Investigations into the jail dietaries of the United Provinces with some observations on the influence of dietary on the physical development and well-being of the people of the United Provinces - Number 48
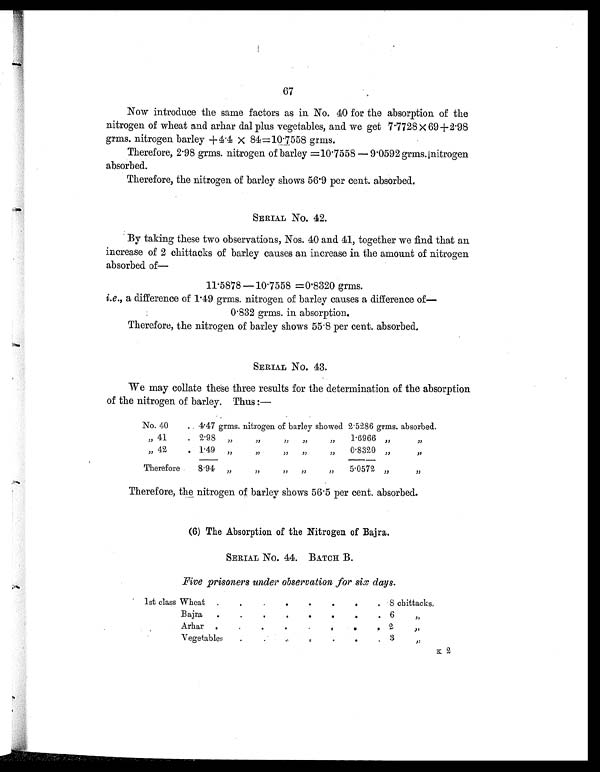
67
Now introduce the same factors as in No. 40 for the absorption of the
nitrogen of wheat and arhar dal plus vegetables, and we get 7.7728 × 69+2.98
grms. nitrogen barley +4 .4 × 84=10.7558 grms.
Therefore, 2 . 98 grms. nitrogen of barley =10 . 7558 — 9.0592 grms. nitrogen
absorbed.
Therefore, the nitrogen of barley shows 56 . 9 per cent. absorbed.
SERIAL No. 42.
By taking these two observations, Nos. 40 and 41, together we find that an
increase of 2 chittacks of barley causes an increase in the amount of nitrogen
absorbed of—
11.5878 —10 . 7558 =0 .8320 grms.
i.e., a difference of 1.49 grms. nitrogen of barley causes a difference of
—0.832 grms. in absorption.
Therefore, the nitrogen of barley shows 55 . 8 per cent. absorbed.
SERIAL NO. 43.
We may collate these three results for the determination of the absorption
of the nitrogen of barley. Thus :—
No. 40
. 4.47 grms. nitrogen of barley showed 2.5286 grms. absorbed.
„ 41
. 2.98 „
„
„
„
„
1.6966 „
„
„ 42
. 1.49
„
„
„
„
„
0.8320 „
„
Therefore
8.94 „ „
„
„
„
5.0572 „
„
Therefore, the nitrogen of barley shows 565.5 per cent. absorbed.
(6) The Absorption of the Nitrogen of Bajra.
SERIAL NO. 44. BATCH B.
Five prisoners under observation for six days.
1st class Wheat .
.
.
.
.
.
.
.
8 chittacks.
Bajra
.
.
.
.
.
.
.
.
6
„
Arhar .
.
.
.
.
.
.
. 2
„
Vegetables
.
.
.
.
.
.
. 3
„
K 2